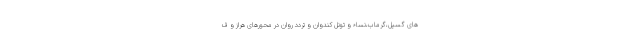
های گسیل،گرماب،نساء و تونل کندوان و تردد روان در محورهای هراز و ف